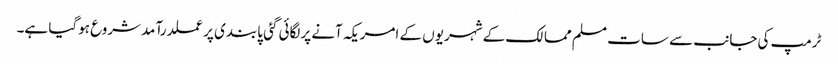
ٹرمپ کی جانب سے سات مسلم ممالک کے شہریوں کے امریکہ آنے پرلگائی گئی پابندی پرعملدرآمدشروع ہوگیا ہے۔